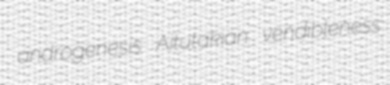
androgenesis Aitutakian vendibleness